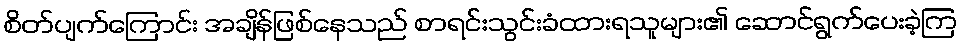
စိတ်ပျက်ကြောင်း အချိန်ဖြစ်နေသည် စာရင်းသွင်းခံထားရသူများ၏ ဆောင်ရွက်ပေးခဲ့ကြ